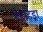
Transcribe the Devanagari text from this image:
टेट्राहेड्रा